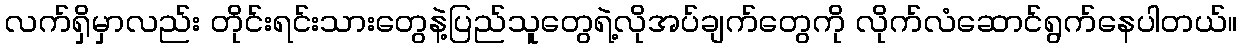
လက်ရှိမှာလည်း တိုင်းရင်းသားတွေနဲ့ပြည်သူတွေရဲ့လိုအပ်ချက်တွေကို လိုက်လံဆောင်ရွက်နေပါတယ်။